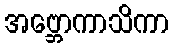
အဗ္ဘောကာသိကာ